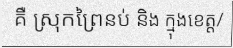
គឺ ស្រុកព្រៃនប់ និង ក្មុងខេត្ត/